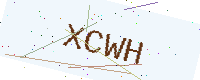
Text: XCWH